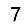
Digit: 7